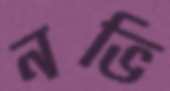
নভি